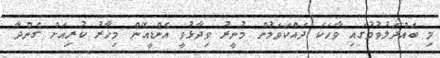
މި ބައްދަލުވުމުގައި ވާހަކަ ދައްކަވަމުން މުނީރު ވިދާޅުވީ އެންޑީއޭން މިހާރު ކުރިއަށް ގެންދާ